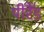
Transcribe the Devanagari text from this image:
पीरैँड